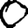
Digit: 0